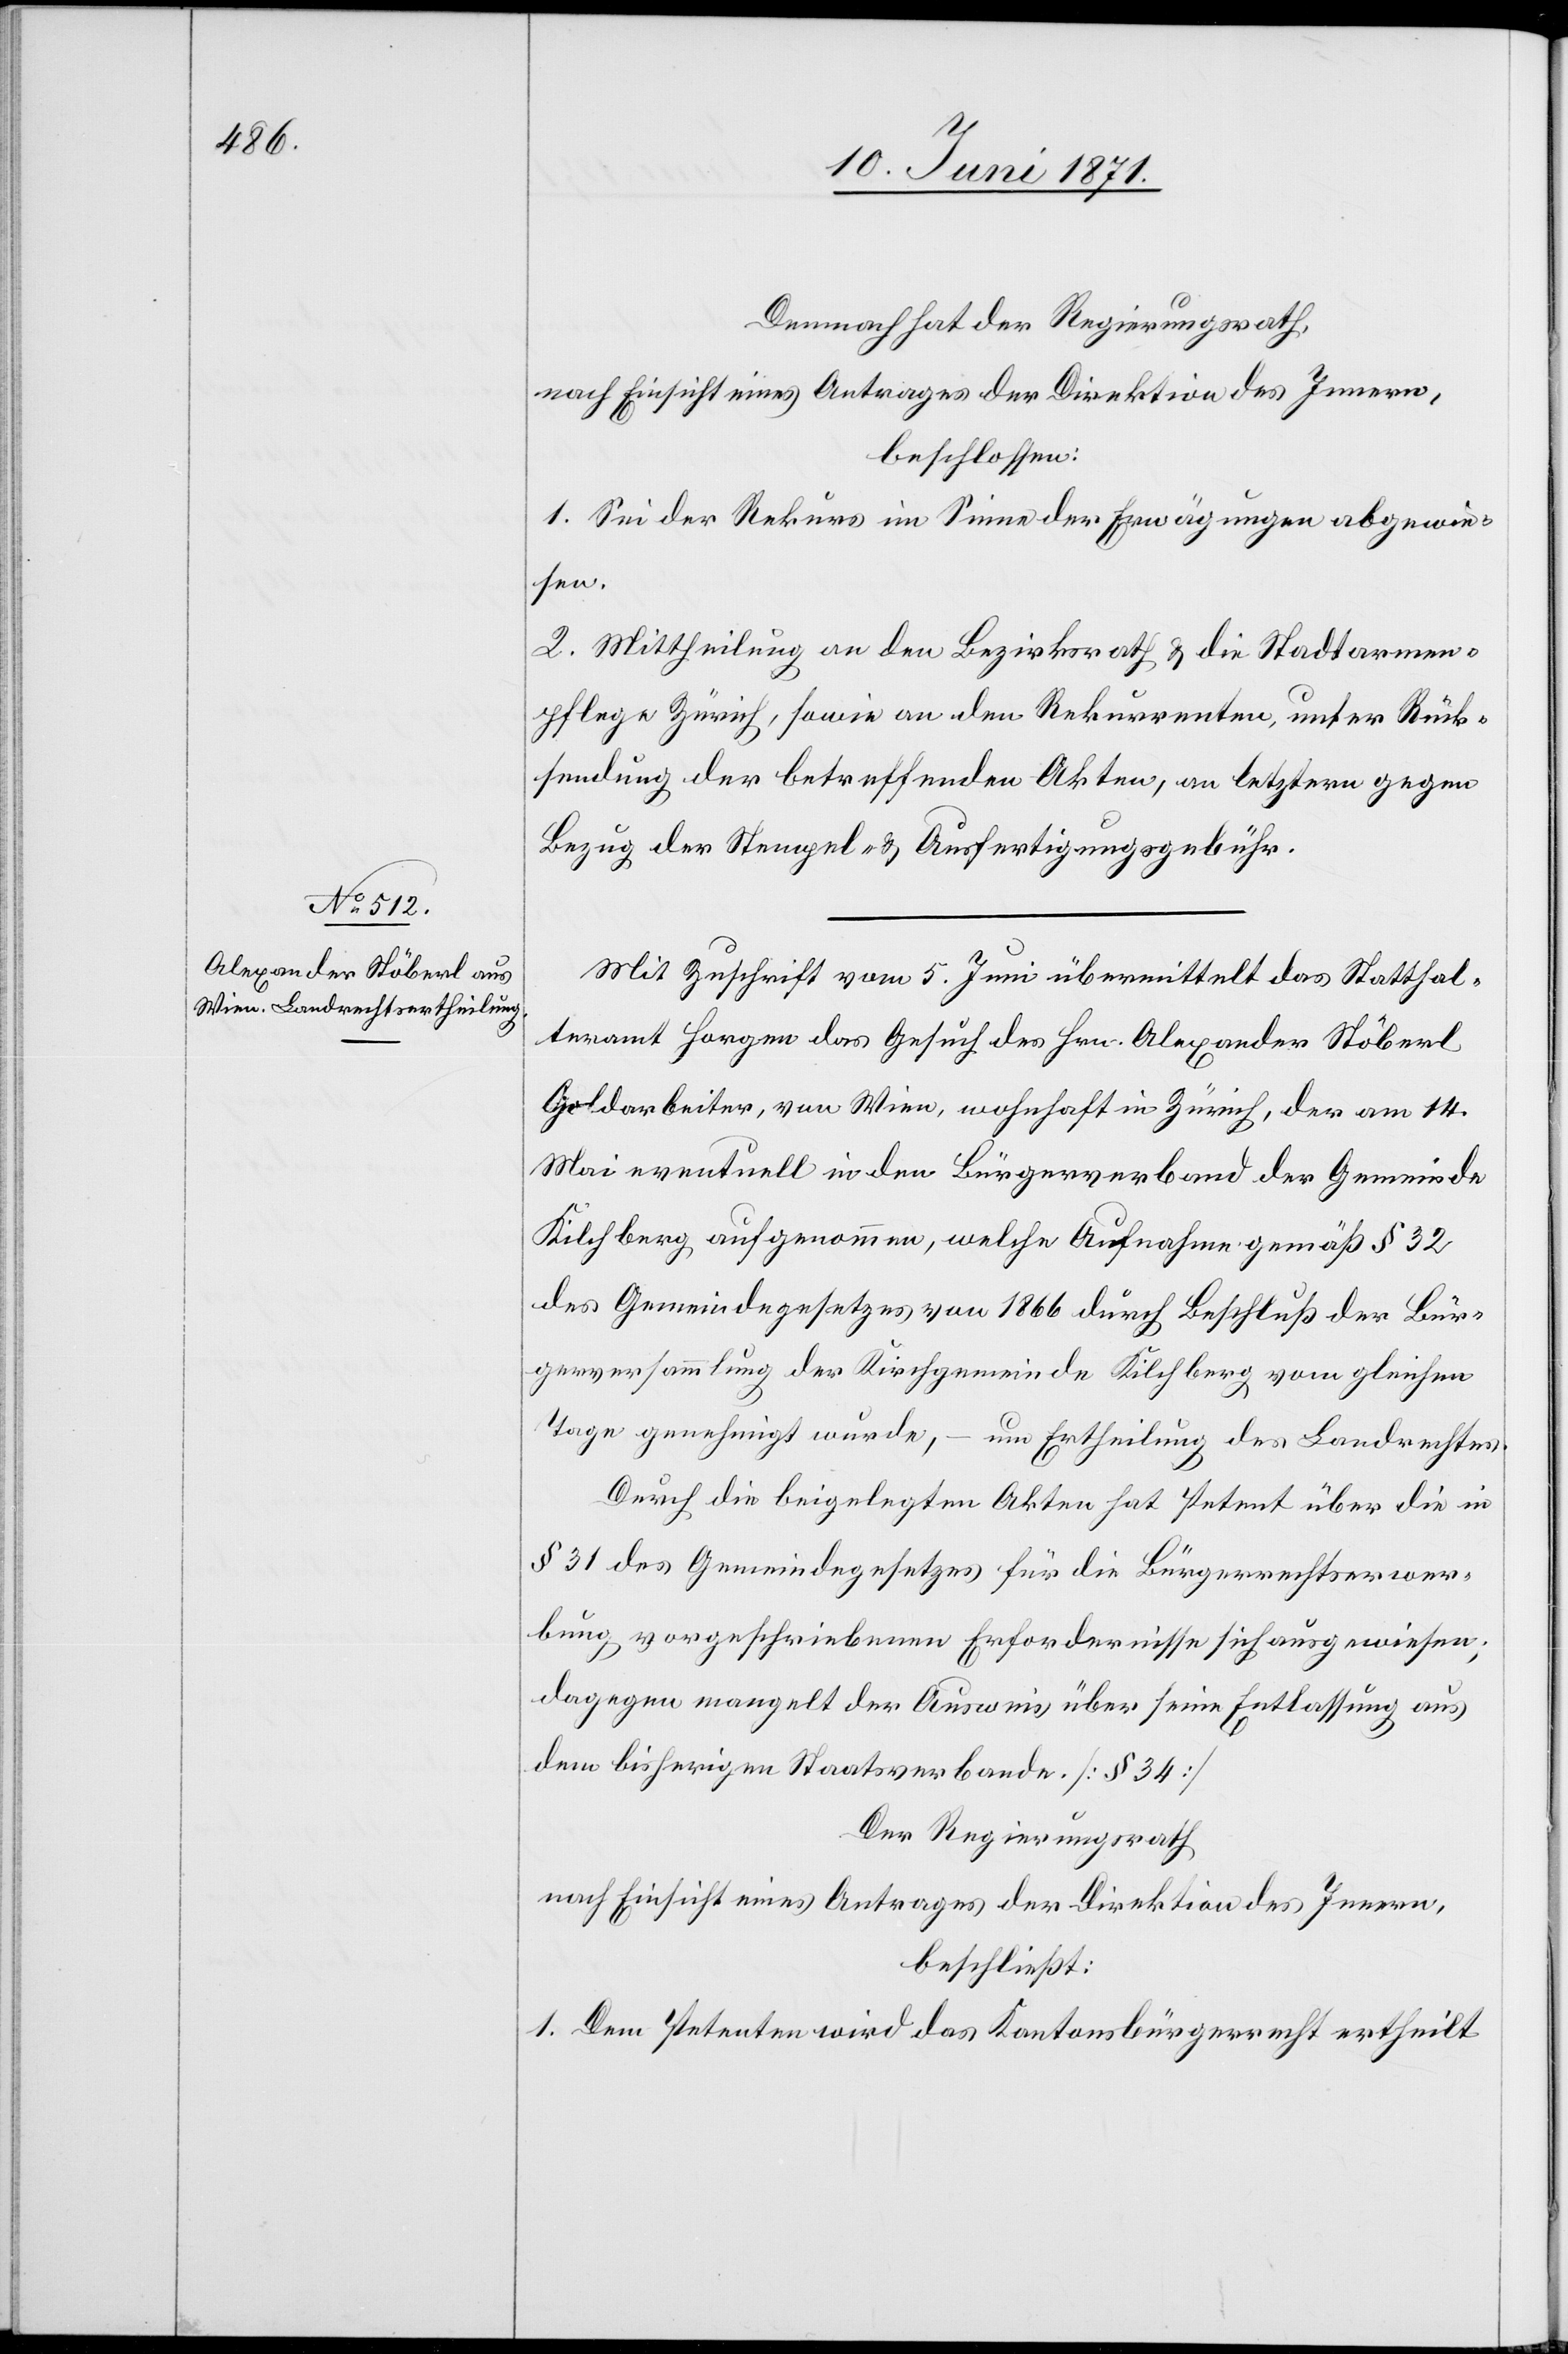
Demnach hat der Regierungsrath,
nach Einsicht eines Antrages der Direktion des Innern,
beschlossen:
1. Sei der Rekurs im Sinne der Erwägungen abgewie¬
sen.
2. Mittheilung an den Bezirksrath u. die Stadtarmen¬
pflege Zürich, sowie an den Rekurrenten, unter Rück¬
sendung der betreffenden Akten, an letztern gegen
Bezug der Stempel- u. Ausfertigungsgebühr.
Mit Zuschrift vom 5. Juni übermittelt das Statthal¬
teramt Horgen das Gesuch des Hrn. Alexander Stöberl
Goldarbeiter, von Wien, wohnhaft in Zürich, der am 14.
Mai eventuell in den Bürgerverband der Gemeinde
Kilchberg aufgenommen, welche Aufnahme gemäß § 32
des Gemeindegesetzes von 1866 durch Beschluß der Bür¬
gerversammlung der Kirchengemeinde Kilchberg vom gleichen
Tage genehmigt wurde, – um Ertheilung des Landrechtes.
Durch die beigelegten Akten hat Petent über die in
§ 31 des Gemeindegesetzes für die Bürgerrechtserwer¬
bung vorgeschriebenen Erfordernisse sich ausgewiesen;
dagegen mangelt der Ausweis über seine Entlassung aus
dem bisherigen Staatsverbande. [§ 34]
Der Regierungsrath
nach Einsicht eines Antrages der Direktion des Innern,
beschließt:
1. Dem Petenten wird das Kantonsbürgerrecht ertheilt